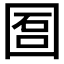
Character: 𡇱